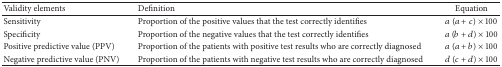
| Validity elements | Definition | Equation |
 | --- | --- | --- |
 | Sensitivity | Proportion of the positive values that the test correctly identifies | a (a + c) × 100 |
 | Specificity | Proportion of the negative values that the test correctly identifies | a (b + d) × 100 |
 | Positive predictive value (PPV) | Proportion of the patients with positive test results who are correctly diagnosed | a (a + b) × 100 |
 | Negative predictive value (PNV) | Proportion of the patients with negative test results who are correctly diagnosed | d (c + d) × 100 |